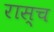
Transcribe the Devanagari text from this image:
रास्च